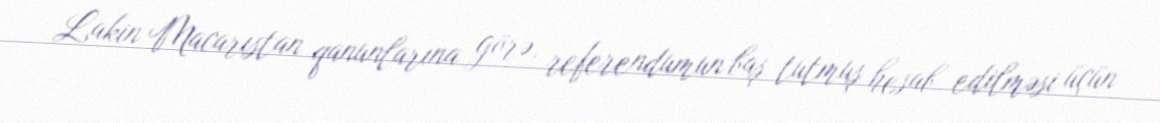
Lakin Macarıstan qanunlarına görə, referendumun baş tutmuş hesab edilməsi üçün